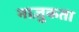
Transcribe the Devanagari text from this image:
नाज़ुकता